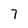
Character: 7